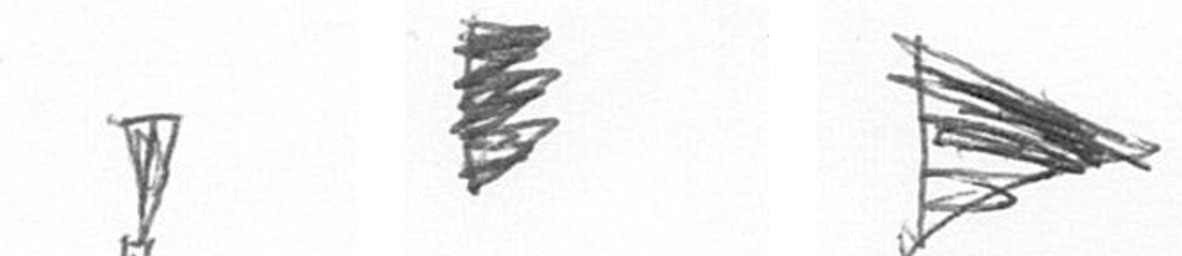
Z H T